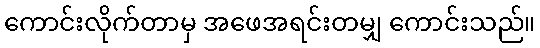
ကောင်းလိုက်တာမှ အဖေအရင်းတမျှ ကောင်းသည်။